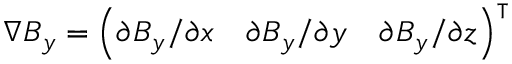
\nabla B _ { y } = \left( \partial B _ { y } / \partial x \quad \partial B _ { y } / \partial y \quad \partial B _ { y } / \partial z \right) ^ { \intercal }